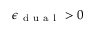
\epsilon _ { \mathrm { ~ d ~ u ~ a ~ l ~ } } > 0